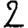
Digit: 2